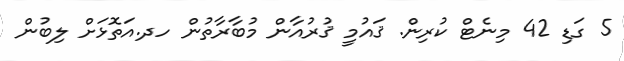
5 ގަޑި 42 މިނެޓް ކުރިން. ޤައުމީ ޤުރުއާން މުބާރާތުން ހދ.އަތޮޅަށް ލިބުން